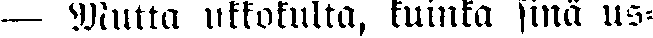
— Mutta ukkokulta, kuinka sinä us-